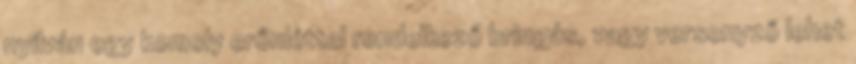
nyilván egy komoly erőnléttel rendelkező bringás, vagy versenyző lehet